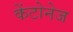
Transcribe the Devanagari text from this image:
केंटोनेज